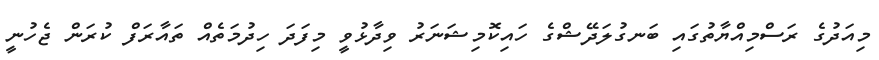
މިއަދުގެ ރަސްމިއްޔާތުގައި ބަނގުލަދޭޝްގެ ހައިކޮމިޝަނަރު ވިދާޅުވީ މިފަދަ ހިދުމަތެއް ތައާރަފް ކުރަން ޖެހުނީ